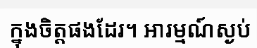
ក្នុងចិត្តផងដែរ។ អារម្មណ៍ស្ងប់